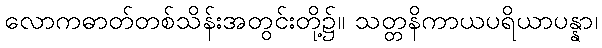
လောကဓာတ်တစ်သိန်းအတွင်းတို့၌။ သတ္တနိကာယပရိယာပန္နာ၊